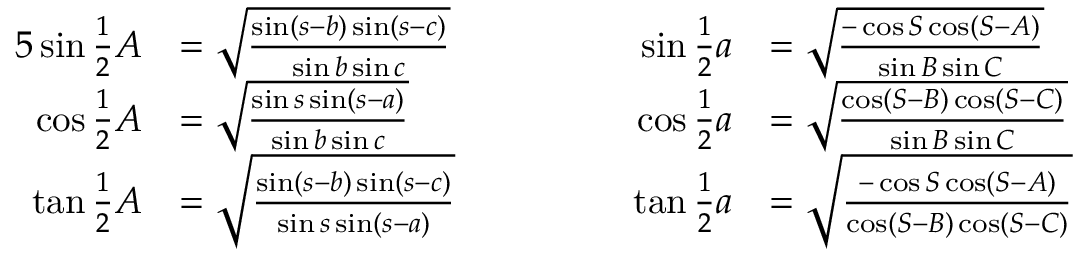
{ \begin{array} { r l r l } { { 5 } \sin { \frac { 1 } { 2 } } A } & { = { \sqrt { \frac { \sin ( s - b ) \sin ( s - c ) } { \sin b \sin c } } } } & { \qquad \qquad \sin { \frac { 1 } { 2 } } a } & { = { \sqrt { \frac { - \cos S \cos ( S - A ) } { \sin B \sin C } } } } \\ { \cos { \frac { 1 } { 2 } } A } & { = { \sqrt { \frac { \sin s \sin ( s - a ) } { \sin b \sin c } } } } & { \cos { \frac { 1 } { 2 } } a } & { = { \sqrt { \frac { \cos ( S - B ) \cos ( S - C ) } { \sin B \sin C } } } } \\ { \tan { \frac { 1 } { 2 } } A } & { = { \sqrt { \frac { \sin ( s - b ) \sin ( s - c ) } { \sin s \sin ( s - a ) } } } } & { \tan { \frac { 1 } { 2 } } a } & { = { \sqrt { \frac { - \cos S \cos ( S - A ) } { \cos ( S - B ) \cos ( S - C ) } } } } \end{array} }